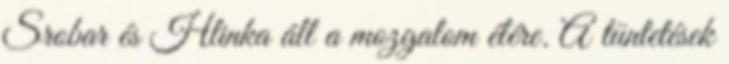
Srobar és Hlinka áll a mozgalom élére. A tüntetések